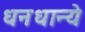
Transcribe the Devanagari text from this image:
धनधान्ये